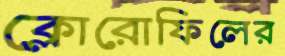
ক্লোরোফিলের